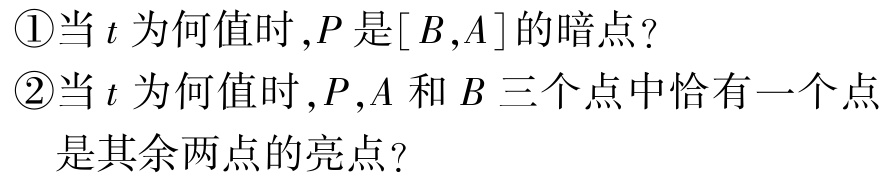
\textcircled{1}当\(t\)为何值时,\(P\)是\([B,A]\)的暗点?

\textcircled{2}当\(t\)为何值时,\(P,A\)和\(B\)三个点中恰有一个点是其余两点的亮点?